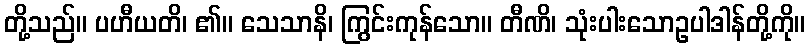
တို့သည်။ ပဟီယတိ၊ ၏။ သေသာနိ၊ ကြွင်းကုန်သော။ တီဏိ၊ သုံးပါးသောဥပါဒါန်တို့ကို။